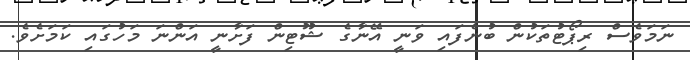
ނަމަވެސް ރިޕޯޓުތަކުން ބުނެފައި ވަނީ އޭނާގެ ޝޫޓިން ފަށާނީ އަންނަ މަހުގައި ކަމަށެވެެ.